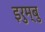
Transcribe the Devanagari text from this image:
इरुम्बु